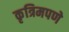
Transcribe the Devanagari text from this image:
कृत्रिमपणे